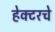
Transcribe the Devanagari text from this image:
हेक्टरचे